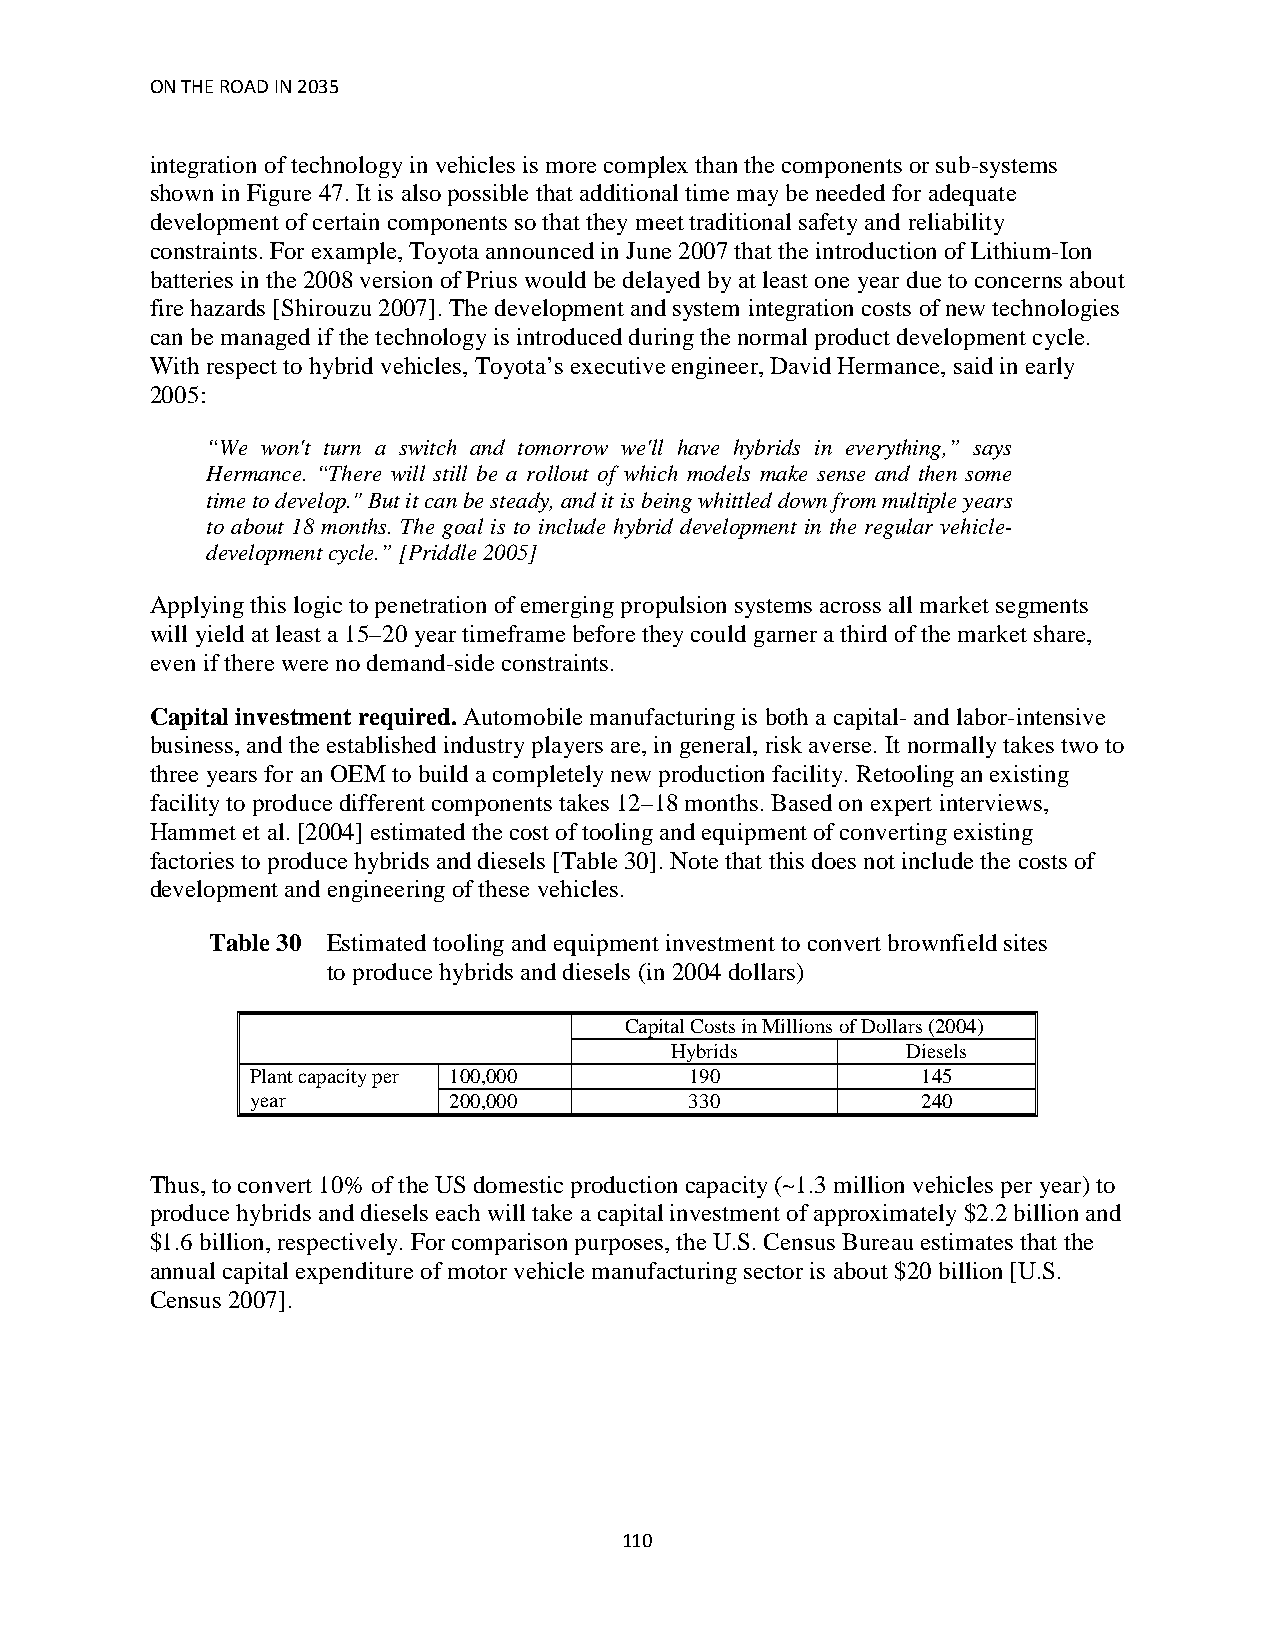
ON THE ROAD IN 2035
 integration of technology in vehicles is more complex than the components or sub-systems
 shown in Figure 47. It is also possible that additional time may be needed for adequate
 development of certain components so that they meet traditional safety and reliability
 constraints. For example, Toyota announced in June 2007 that the introduction of Lithium-Ion
 batteries in the 2008 version of Prius would be delayed by at least one year due to concerns about
 fire hazards [Shirouzu 2007]. The development and system integration costs of new technologies
 can be managed if the technology is introduced during the normal product development cycle.
 With respect to hybrid vehicles, Toyota’s executive engineer, David Hermance, said in early
 2005:
 “We won't turn a switch and tomorrow we'll have hybrids in everything,” says
 Hermance. “There will still be a rollout of which models make sense and then some
 time to develop." But it can be steady, and it is being whittled down from multiple years
 to about 18 months. The goal is to include hybrid development in the regular vehicle-
 development cycle.” [Priddle 2005]
 Applying this logic to penetration of emerging propulsion systems across all market segments
 will yield at least a 15–20 year timeframe before they could garner a third of the market share,
 even if there were no demand-side constraints.
 Capital investment required. Automobile manufacturing is both a capital- and labor-intensive
 business, and the established industry players are, in general, risk averse. It normally takes two to
 three years for an OEM to build a completely new production facility. Retooling an existing
 facility to produce different components takes 12–18 months. Based on expert interviews,
 Hammet et al. [2004] estimated the cost of tooling and equipment of converting existing
 factories to produce hybrids and diesels [Table 30]. Note that this does not include the costs of
 development and engineering of these vehicles.
 Table 30 Estimated tooling and equipment investment to convert brownfield sites
 to produce hybrids and diesels (in 2004 dollars)
 Capital Costs in Millions of Dollars (2004)
 Hybrids         Diesels
 Plant capacity per 100,000   190            145
 year         200,000         330            240
 Thus, to convert 10% of the US domestic production capacity (~1.3 million vehicles per year) to
 produce hybrids and diesels each will take a capital investment of approximately $2.2 billion and
 $1.6 billion, respectively. For comparison purposes, the U.S. Census Bureau estimates that the
 annual capital expenditure of motor vehicle manufacturing sector is about $20 billion [U.S.
 Census 2007].
 110